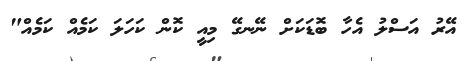
އޭރު އަސްލު އެހާ ބޮޑަކަށް ނޭނގޭ މިއީ ކޮން ކަހަލަ ކަމެއް ކަމެއް"